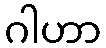
ဂါဟာ